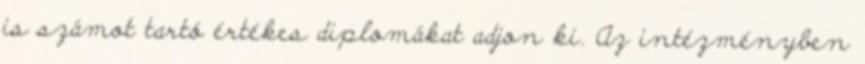
is számot tartó értékes diplomákat adjon ki. Az intézményben